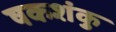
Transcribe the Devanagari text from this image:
षकशंकु